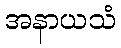
အနာယသံ